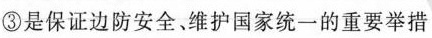
③是保证边防安全、维护国家统一的重要举措